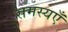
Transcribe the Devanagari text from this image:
समस्यएँ